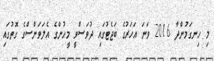
މި ހިނގަމުންދާ 2016 ވަނަ އަހަރުގެ ބަޖެޓުގައި ދުވަސްވީ މީހުންގެ އެލަވަންސްގެ ގޮތުގައި